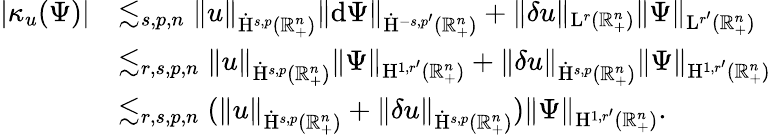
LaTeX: \begin{array}{rl}{\lvert\kappa_{u}(\Psi)\rvert}&{\lesssim_{s,p,n}\lVert u\rVert_{\dot{\mathrm{H}}^{s,p}(\mathbb{R}_{+}^{n})}\lVert\mathrm{d}\Psi\rVert_{\dot{\mathrm{H}}^{-s,p^{\prime}}(\mathbb{R}_{+}^{n})}+\lVert\mathbf{\delta}u\rVert_{{\mathrm{L}}^{r}(\mathbb{R}_{+}^{n})}\lVert\Psi\rVert_{{\mathrm{L}}^{r^{\prime}}(\mathbb{R}_{+}^{n})}}\\ &{\lesssim_{r,s,p,n}\lVert u\rVert_{\dot{\mathrm{H}}^{s,p}(\mathbb{R}_{+}^{n})}\lVert\Psi\rVert_{{\mathrm{H}}^{1,r^{\prime}}(\mathbb{R}_{+}^{n})}+\lVert\mathbf{\delta}u\rVert_{\dot{\mathrm{H}}^{s,p}(\mathbb{R}_{+}^{n})}\lVert\Psi\rVert_{{\mathrm{H}}^{1,r^{\prime}}(\mathbb{R}_{+}^{n})}}\\ &{\lesssim_{r,s,p,n}(\lVert u\rVert_{\dot{\mathrm{H}}^{s,p}(\mathbb{R}_{+}^{n})}+\lVert\mathbf{\delta}u\rVert_{\dot{\mathrm{H}}^{s,p}(\mathbb{R}_{+}^{n})})\lVert\Psi\rVert_{{\mathrm{H}}^{1,r^{\prime}}(\mathbb{R}_{+}^{n})}\mathrm{.~}}\end{array}